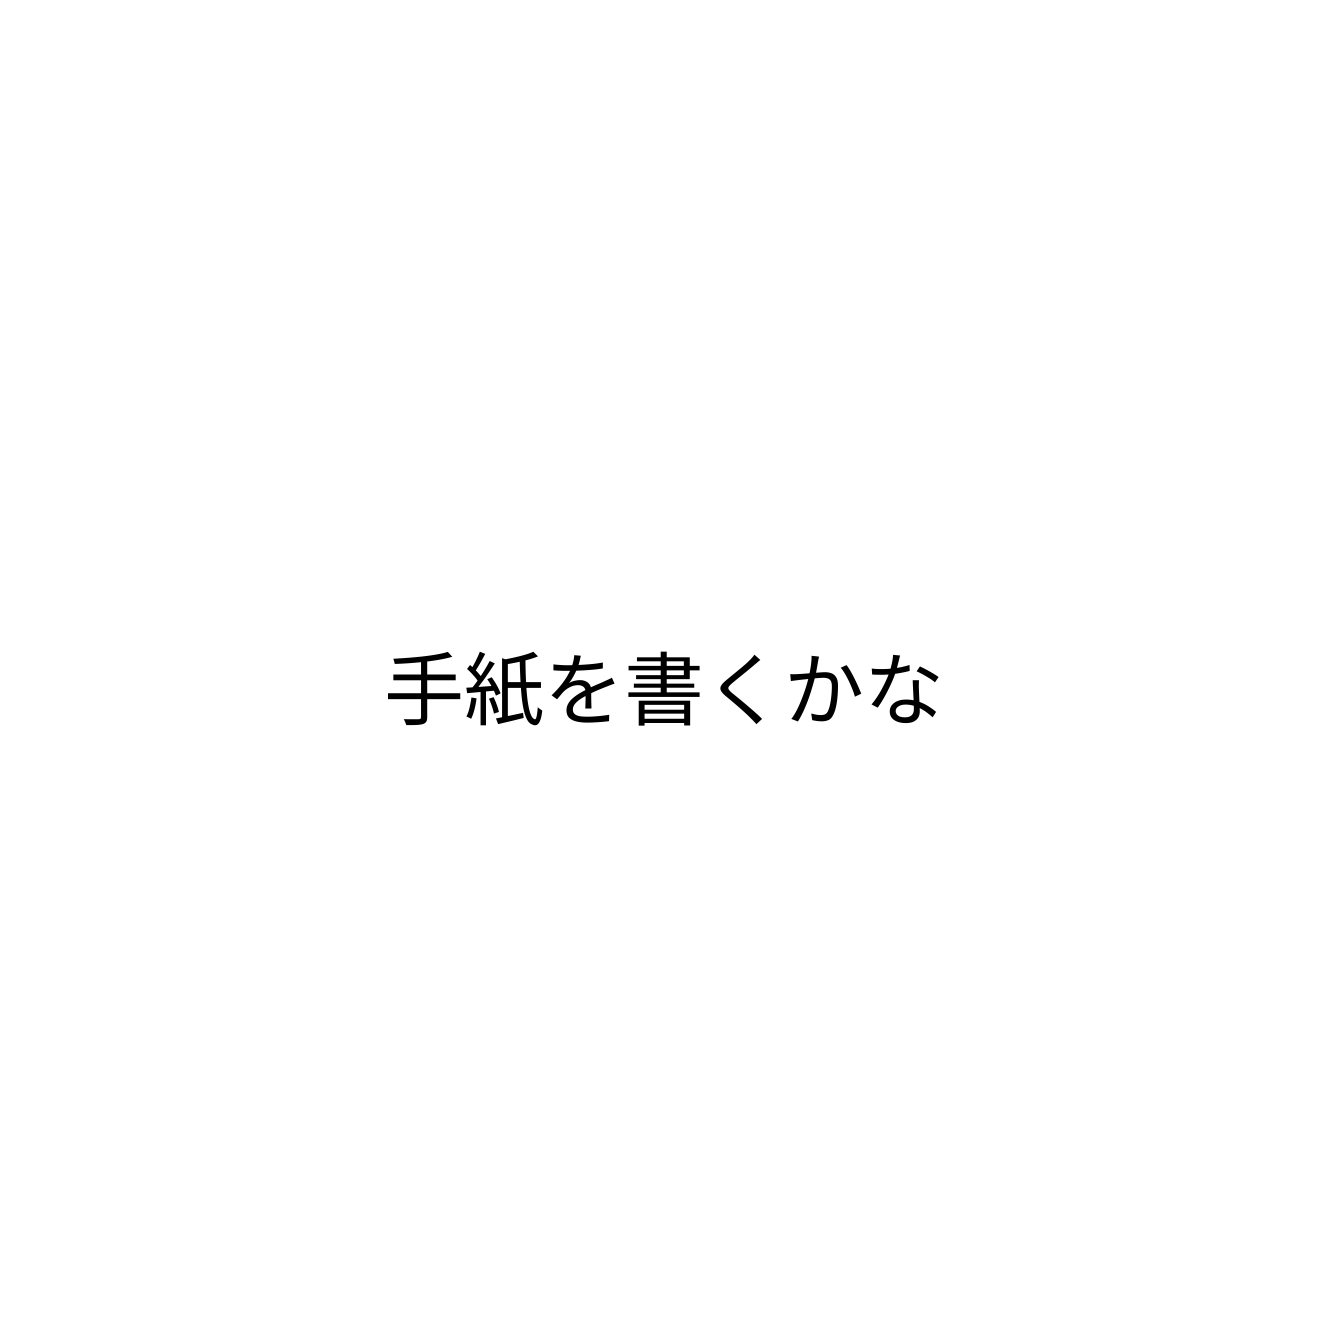
手紙を書くかな